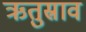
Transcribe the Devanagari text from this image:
ऋतुस्राव